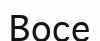
Восе